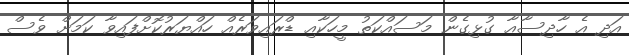
އަދި އެ ހާދިސާއާ ގުޅިގެން މަސައްކަތު މީހަކާއި ޑްރައިވަރެއް ހައްޔަރުކޮށްފައިވާ ކަމަށް ވެސް